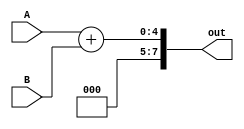
module alu_adder(
    input[3:0] A,
    input[3:0] B,
    output[7:0] out
    );
   assign out = A+B ;
endmodule